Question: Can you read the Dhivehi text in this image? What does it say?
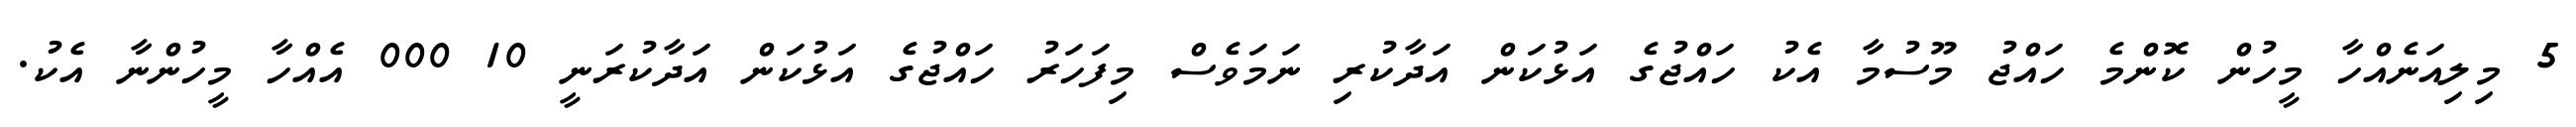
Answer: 5 މިލިއަނެއްހާ މީހުން ކޮންމެ ހައްޖު މޫސުމާ އެކު ހައްޖުގެ އަޅުކަން އަދާކުރި ނަމަވެސް މިފަހަރު ހައްޖުގެ އަޅުކަން އަދާކުރަނީ 10 000 އެއްހާ މީހުންނާ އެކު.